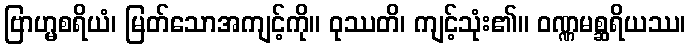
ဗြာဟ္မစရိယံ၊ မြတ်သောအကျင့်ကို။ ဝုဿတိ၊ ကျင့်သုံး၏။ ဝဏ္ဏမစ္ဆရိယဿ၊